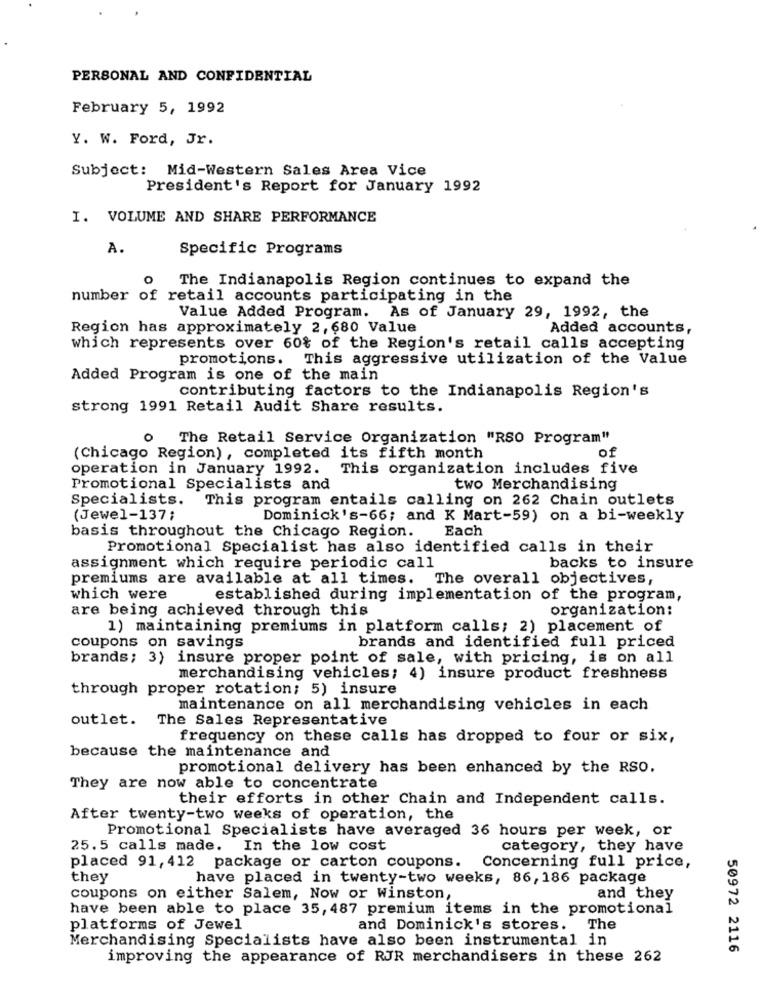
PERSONAL AND CONFIDENTIAL
February 5, 1992
Y. W. Ford, Jr.
Subject: Mid-Western Sales Area Vice
President's Report for January 1992
I. VOLUME AND SHARE PERFORMANCE
A.
Specific Programs
O
The Indianapolis Region continues to expand the
number of retail accounts participating in the
Value Added Program. As of January 29, 1992, the
Region has approximately 2, 680 Value
Added accounts,
which represents over 60% of the Region's retail calls accepting
promotions. This aggressive utilization of the Value
Added Program is one of the main
contributing factors to the Indianapolis Region's
strong 1991 Retail Audit Share results.
o
The Retail Service Organization "RSO Program"
(Chicago Region), completed its fifth month
of
operation in January 1992.
This organization includes five
Promotional Specialists and
two Merchandising
Specialists.
This program entails calling on 262 Chain outlets
(Jewel-137;
Dominick's-66; and K Mart-59) on a bi-weekly
basis throughout the Chicago Region. Each
Promotional Specialist has also identified calls in their
assignment which require periodic call
backs to insure
premiums are available at all times. The overall objectives,
which were
established during implementation of the program,
are being achieved through this
organization:
1) maintaining premiums in platform calls; 2) placement of
brands and identified full priced
coupons on savings
brands; 3) insure proper point of sale, with pricing, is on all
merchandising vehicles; 4) insure product freshness
through proper rotation; 5) insure
maintenance on all merchandising vehicles in each
outlet. The Sales Representative
frequency on these calls has dropped to four or six,
because the maintenance and
promotional delivery has been enhanced by the RSO.
They are now able to concentrate
their efforts in other Chain and Independent calls.
After twenty-two weeks of operation, the
Promotional Specialists have averaged 36 hours per week, or
25.5 calls made.
In the low cost
category, they have
placed 91, 412 package or carton coupons. Concerning full price,
they
have placed in twenty-two weeks, 86, 186 package
coupons on either Salem, Now or Winston,
and they
have been able to place 35, 487 premium items in the promotional
platforms of Jewel
and Dominick's stores. The
Merchandising Specialists have also been instrumental in
50972 2116
improving the appearance of RJR merchandisers in these 262